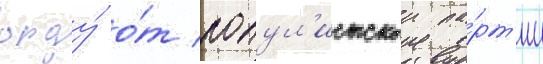
орду́ о́т попул'истскои па́рт'ии